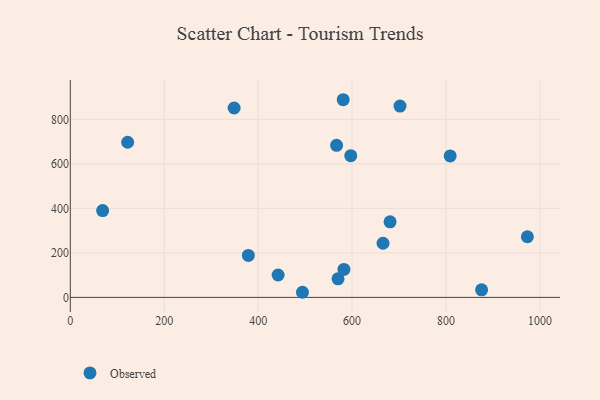
{"axis": {"x": "Investment", "y": "Yield"}, "legend": ["Observed"], "data": [{"x": "680.9", "y": 339.5, "type": "Observed"}, {"x": "494.3", "y": 23.0, "type": "Observed"}, {"x": "122.1", "y": 697.1, "type": "Observed"}, {"x": "665.9", "y": 243.2, "type": "Observed"}, {"x": "581.1", "y": 888.2, "type": "Observed"}, {"x": "442.5", "y": 100.6, "type": "Observed"}, {"x": "582.7", "y": 125.8, "type": "Observed"}, {"x": "875.8", "y": 34.1, "type": "Observed"}, {"x": "379.1", "y": 188.8, "type": "Observed"}, {"x": "567.0", "y": 683.4, "type": "Observed"}, {"x": "973.3", "y": 272.4, "type": "Observed"}, {"x": "702.1", "y": 859.7, "type": "Observed"}, {"x": "570.1", "y": 83.3, "type": "Observed"}, {"x": "808.9", "y": 635.8, "type": "Observed"}, {"x": "68.8", "y": 389.9, "type": "Observed"}, {"x": "348.8", "y": 851.0, "type": "Observed"}, {"x": "597.2", "y": 636.6, "type": "Observed"}]}